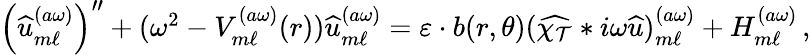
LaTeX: \begin{array}{r}{\left(\widehat{u}_{m\ell}^{(a\omega)}\right)^{\prime\prime}+(\omega^{2}-V_{m\ell}^{(a\omega)}(r))\widehat{u}_{m\ell}^{(a\omega)}=\varepsilon\cdot b(r,\theta)(\widehat{\chi_{\mathcal{T}}}*i\omega\widehat{u})_{m\ell}^{(a\omega)}+H_{m\ell}^{(a\omega)}\, ,}\end{array}